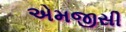
એમજીસી